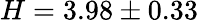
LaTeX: H=3.98\pm 0.33